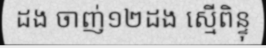
ដង ចាញ់១២ដង ស្មើពិន្ទុ